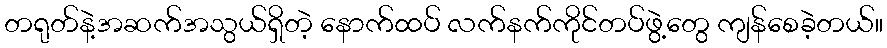
တရုတ်နဲ့အဆက်အသွယ်ရှိတဲ့ နောက်ထပ် လက်နက်ကိုင်တပ်ဖွဲ့တွေ ကျန်စေခဲ့တယ်။